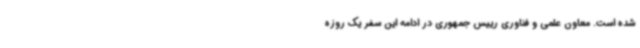
شده است. معاون علمی و فناوری رییس جمهوری در ادامه این سفر یک روزه